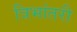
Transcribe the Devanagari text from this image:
त्रिभांतरी